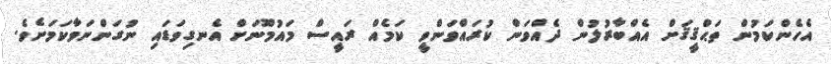
އެހެންކަމުން ތަޙްޤީޤަށް އެއްބާރުލުން ދެއްވަން ކުރައްވަންވީ ކަމެއް ރައީސް މައުމޫނަށް އެނގިވަޑައި ނުގަންނަވާކަމަށެވެ.